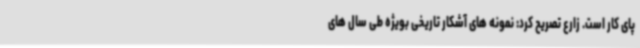
پای کار است. زارع تصریح کرد: نمونه های آشکار تاریخی بویژه طی سال های